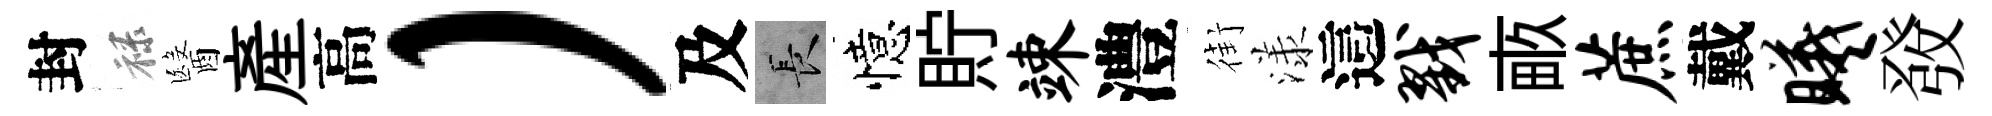
封禄醫産高）及长憶貯竦澧街漾這戮畞蔗戴曦𤼲